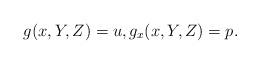
LaTeX: \begin{align*}g(x,Y,Z)=u, g_x(x,Y,Z)=p.\end{align*}